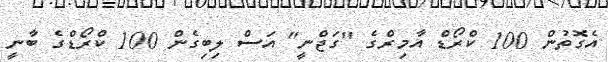
އެގޮތުން 100 ކްރޯޑް އާމިރްގެ "ގަޖްނީ" އަސް ލިބިގެން 100 ކްރޯޑްގެ ބާނީ